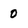
Character: 0